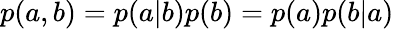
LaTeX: p(a,b)=p(a|b)p(b)=p(a)p(b|a)